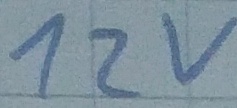
Text: 12v